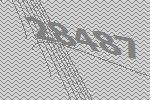
28487